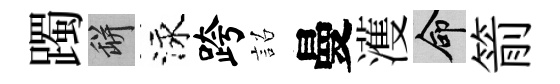
躅瓶泳跨詔曼濩命箭